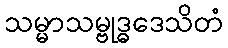
သမ္မာသမ္ဗုဒ္ဓဒေသိတံ